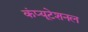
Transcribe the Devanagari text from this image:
कंप्‍यूटेशनल